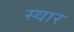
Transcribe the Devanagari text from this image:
स्‍वार